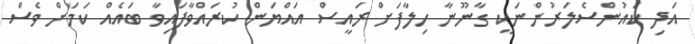
އަދި ކައުންސެލަރުންނަކީ ގާނޫނާ ހިލާފަށް ރައީސް އައްޔަން ކުރައްވާފައިވާ ބައެއް ކަމަށް ވެސް